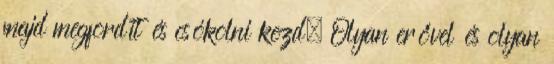
majd megfordít és csókolni kezd. Olyan erővel és olyan